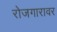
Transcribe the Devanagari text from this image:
रोजगारावर